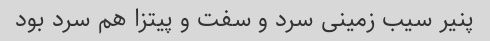
پنیر سیب زمینی سرد و سفت و پیتزا هم سرد بود